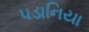
પડાનિયા